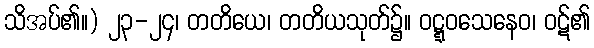
သိအပ်၏။) ၂၃-၂၄၊ တတိယေ၊ တတိယသုတ်၌။ ဝဋ္ဋဝသေနေဝ၊ ဝဋ်၏